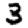
Digit: 3